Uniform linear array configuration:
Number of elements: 12
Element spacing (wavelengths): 1
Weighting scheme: uniform
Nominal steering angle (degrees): -60
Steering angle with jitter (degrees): -58.479
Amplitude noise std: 0.05
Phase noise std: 0.05

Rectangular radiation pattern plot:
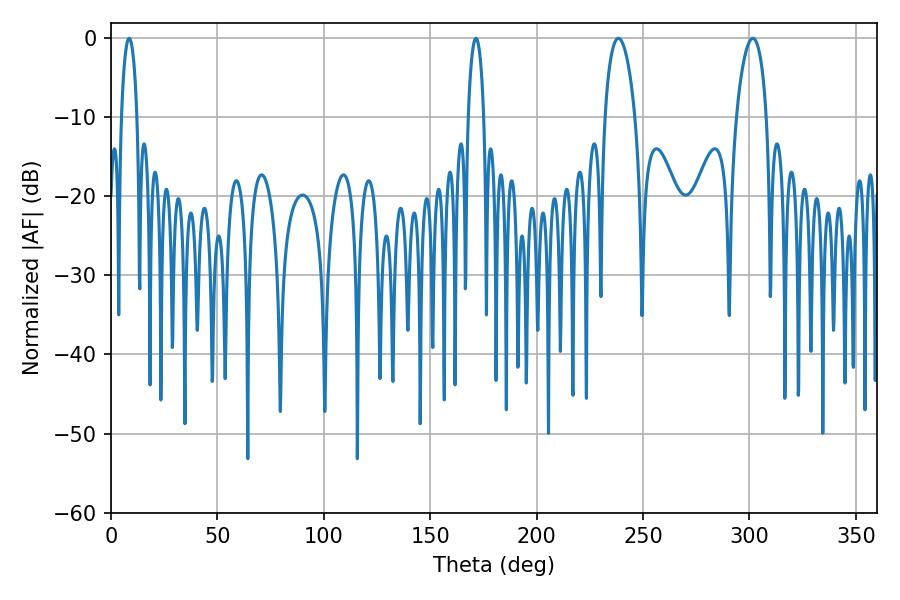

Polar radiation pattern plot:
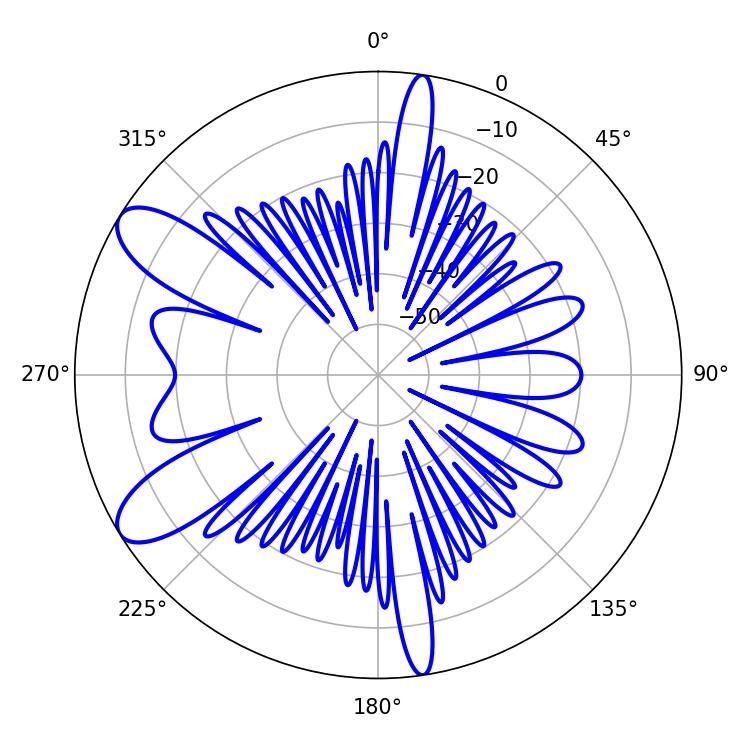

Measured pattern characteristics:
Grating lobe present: TRUE
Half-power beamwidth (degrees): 7.92
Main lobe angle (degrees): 301.5